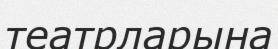
театрларына